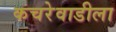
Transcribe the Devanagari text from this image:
कचरेवाडीला